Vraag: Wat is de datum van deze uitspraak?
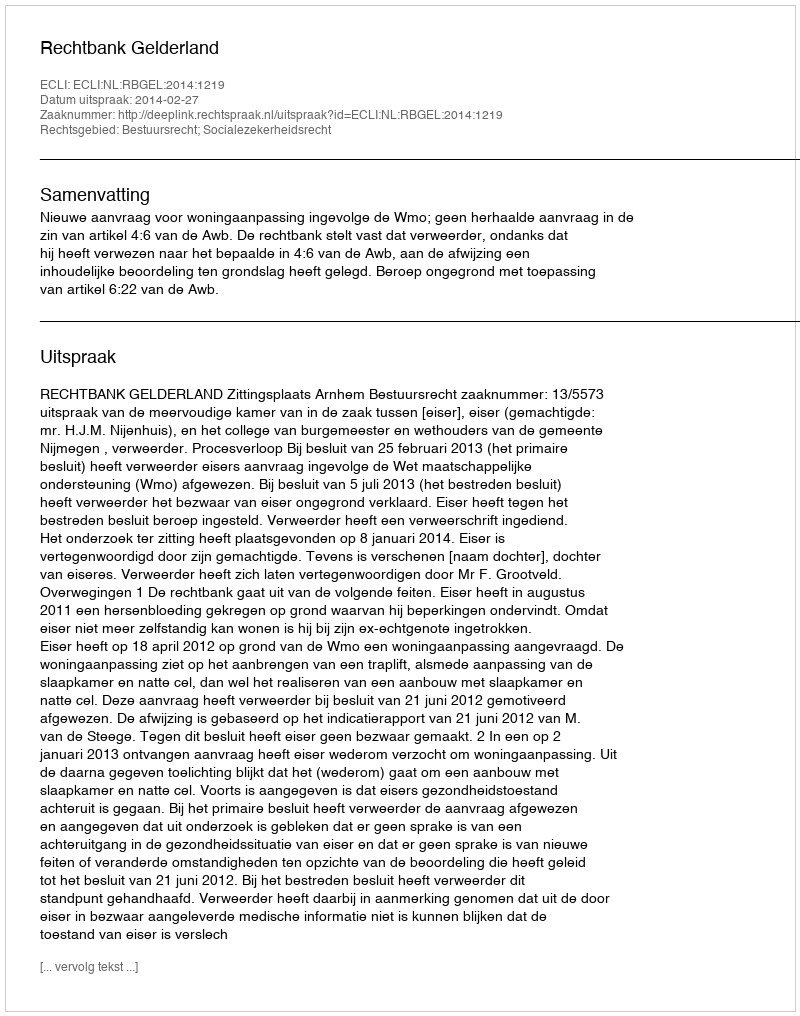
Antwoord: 2014-02-27